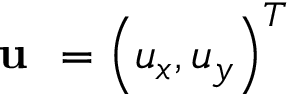
\textbf { u } = \left( u _ { x } , u _ { y } \right) ^ { T }